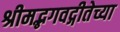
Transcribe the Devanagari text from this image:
श्रीमद्भगवद्गीतेच्या